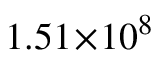
1 . 5 1 \! \times \! 1 0 ^ { 8 }